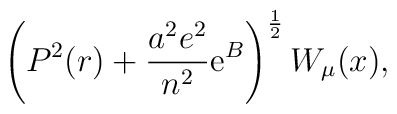
\left(P^2(r)+{a^2e^2\over n^2}{\rm e}^B\right)^{1\over 2}W_\mu(x),